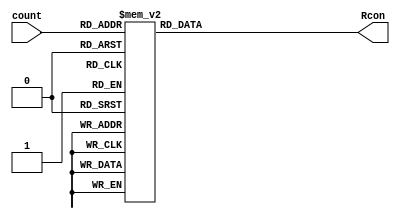
module Rcon(count, Rcon);
  input wire [3:0] count;
  output reg [31:0] Rcon;
  always @(count)begin
  case (count)
		4'd1:	Rcon[31:0] = 32'h01000000;
		4'd2:	Rcon[31:0] = 32'h02000000;
		4'd3:	Rcon[31:0] = 32'h04000000;
		4'd4:	Rcon[31:0] = 32'h08000000;
		4'd5:	Rcon[31:0] = 32'h10000000;
		4'd6:	Rcon[31:0] = 32'h20000000;
		4'd7:	Rcon[31:0] = 32'h40000000;
		4'd8:	Rcon[31:0] = 32'h80000000;
		4'd9:	Rcon[31:0] = 32'h1b000000;
		4'd10:	Rcon[31:0] = 32'h36000000;
		default: Rcon[31:0] = 32'h36000000;
	endcase
	end
endmodule